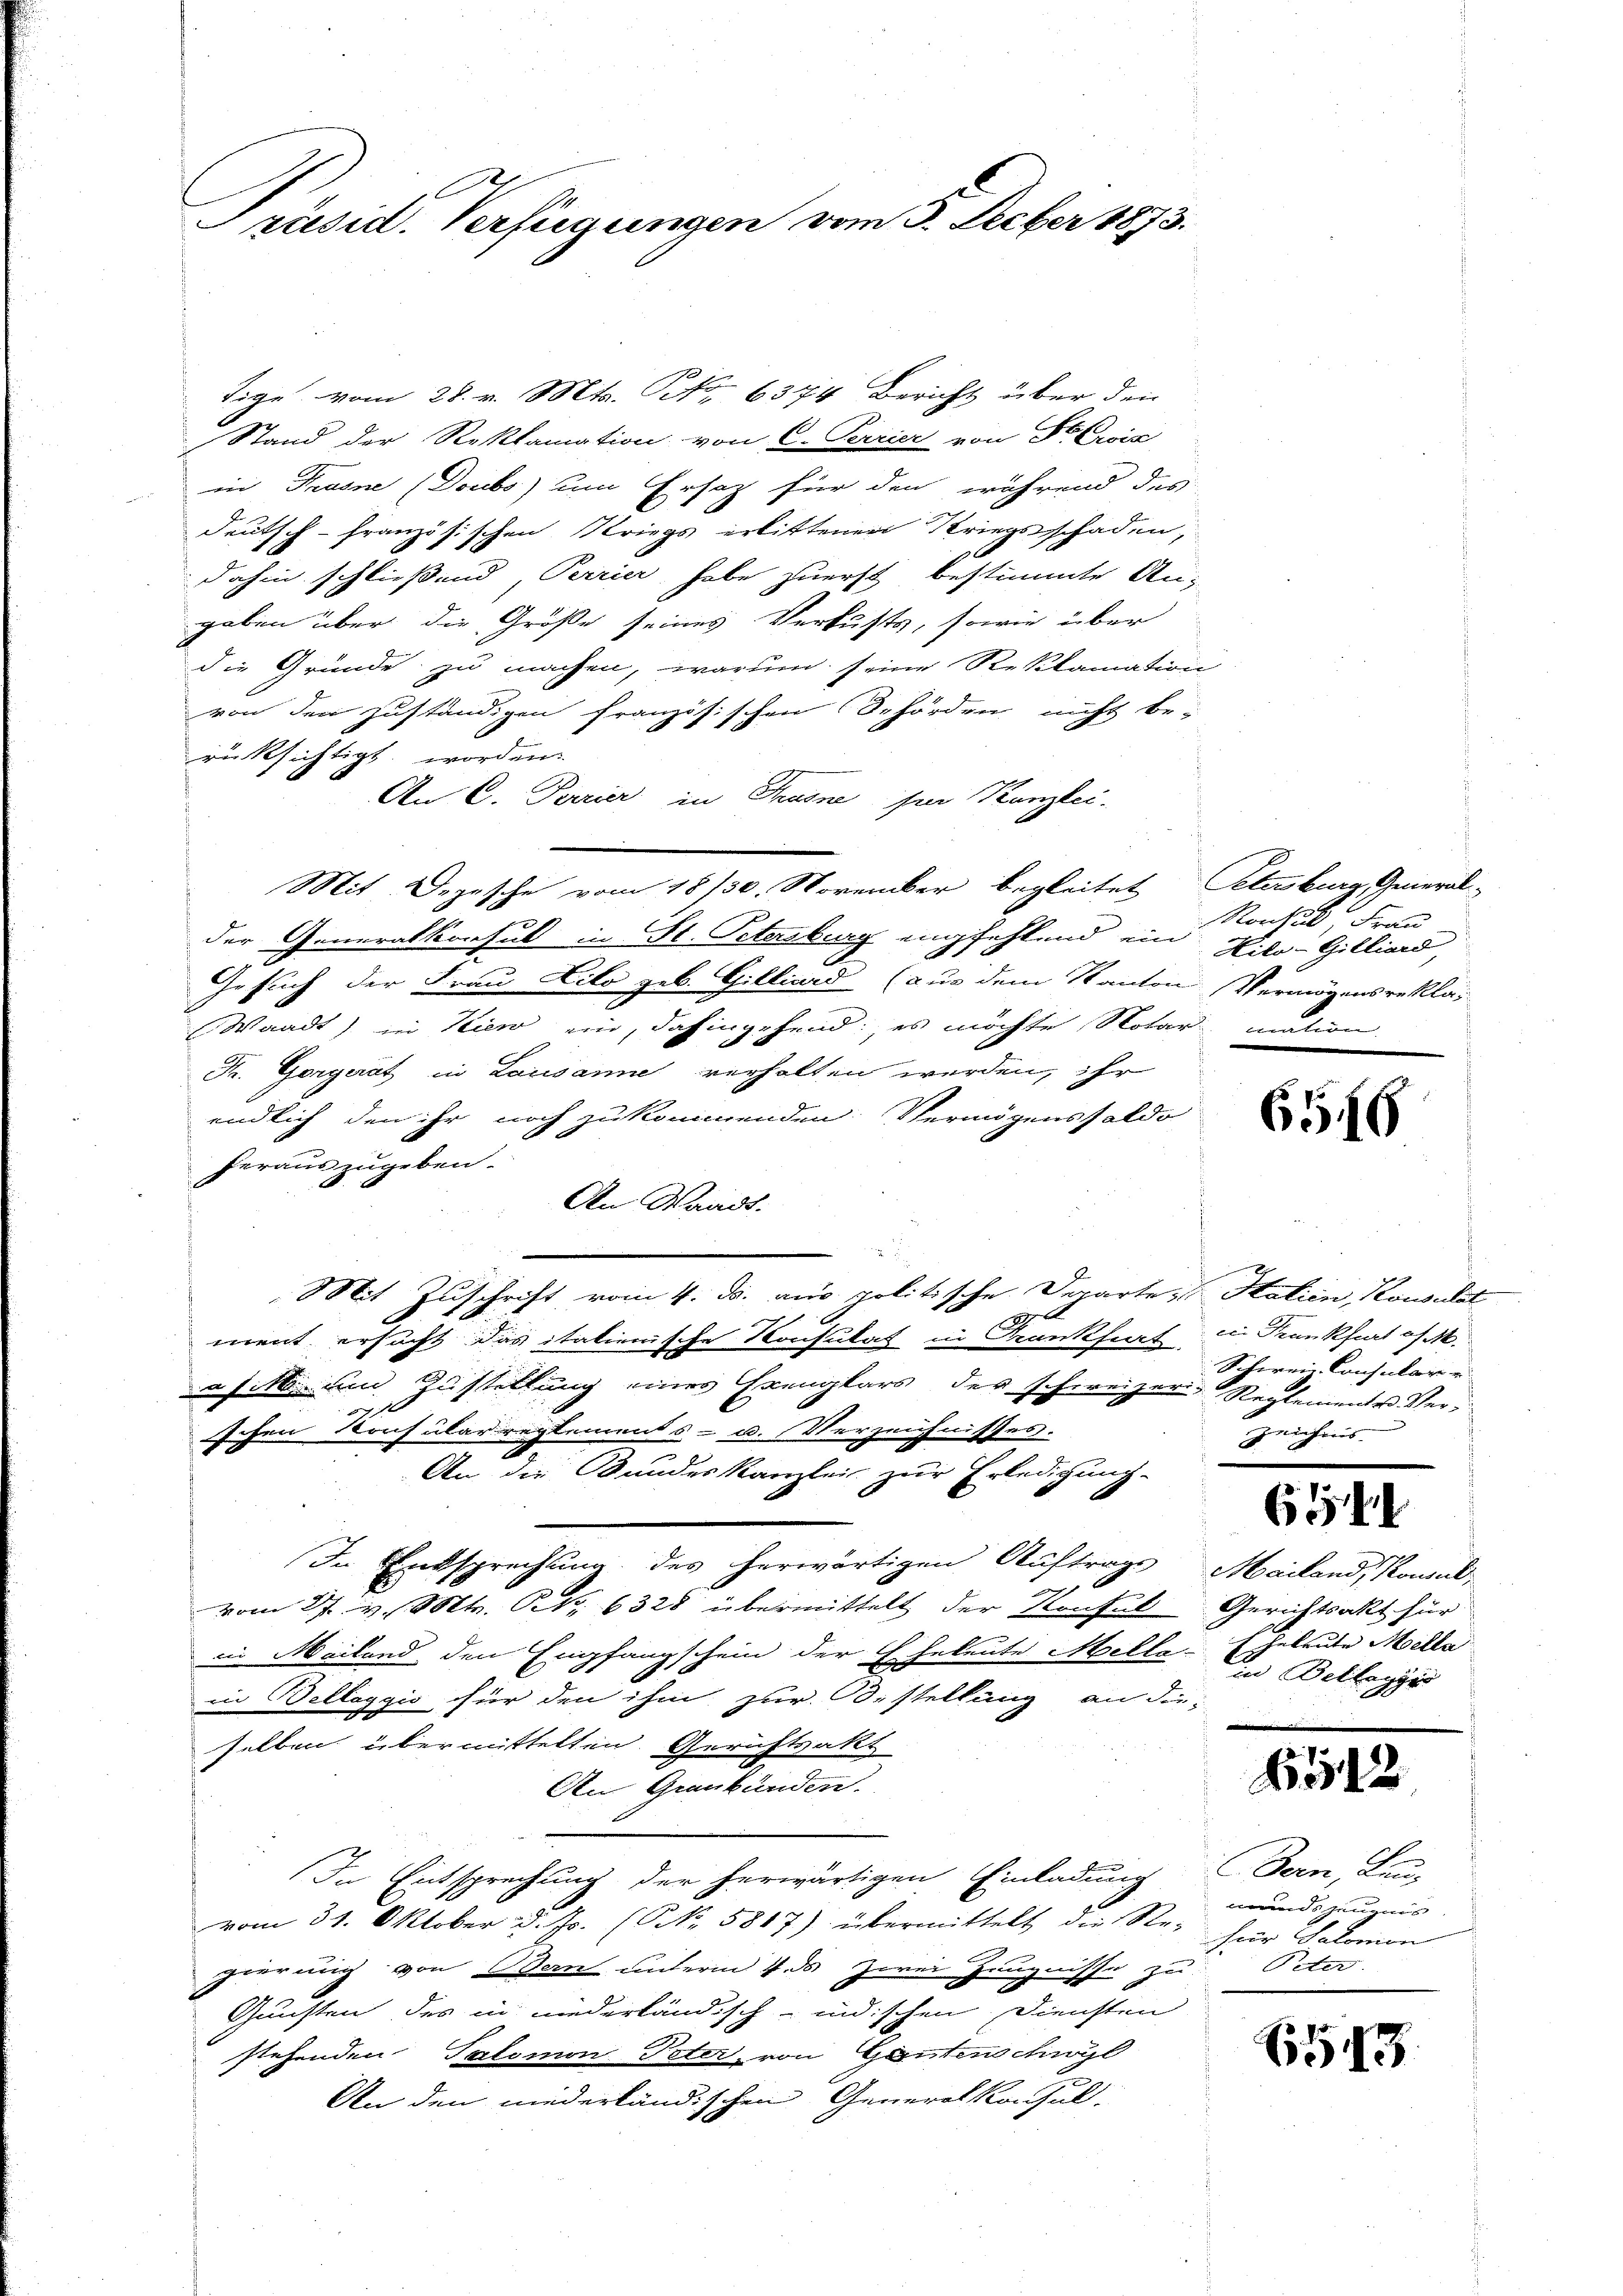
Präsid. Verfügungen vom 5. Feber 1873.

Tige vom 28. v. Mts. No 6374 Bericht über den
Stand der Reklamation von C. Perrier von Dr Ewig
in Trasne (Doubs) um Ersatz für den während des
deutsch-französischen Kriegs erlittenen Kriegsschaden,
dahin schließend, Perrier habe zuerst bestimmte An-
gaben über die Größe seines Verlusts, sowie über
die Gründe zu machen, warum seine Reklamation
von den zuständigen französischen Behörden nicht be-
rücksichtigt worden.
An C. Perrier in Trusne per Kanzlei-
der Generalkonsul in St. Petersburg empfehlend ein Kilo-Gilliard,
Gesuch der Frau Lilo geb. Gilliard (aus dem Kanton Vermögensrekla¬
Waadt) in Hier ein, dahingehend es möchte Notar mation
F. Gorgerät in Lausanne verhalten werden, ihr
endlich den ihr noch zukommenden Vermögenssaldo
heraus zugeben.
.
An Waadt.
Mit Zuschrift vom 4. ds. aus politische Departe Halien, Konsulat
190
ment ersucht das italienische Konsulat in Krankfurt in Trankfurt of M.
afitti und Zustellung eines Exemplars der schweizer Reglemente Ver¬
890
schen Konsularregtements- u. Verzeichnisses.
An die Bundeskanzlei zur Erledigung
In Entsprechung des herwärtigen Auftrage Mailand, Konsul,
vom 27. v. Mts. S. 6328 übermittelt der Konfek Gerichtsakt für
in Meilend den Empfangschein der Eheleute Melle Eheleute Mella
in Bellaggio für den ihm zur Bestellung an die-
selben übermittelten Gerichtsakt
An Graubünden.
In Entsprechung der herwärtigen Einladung Bern, Lan-
vom 31. Oktober d. Js. (N. 5817) übermittelt die Re- für Salomin
gierung von Bern unterm 4. ds zwei Zeugnisse zu Peter
Gunsten des in niederländisch-indischen Diensten
stehenden Salomon Peter, von Gantens cyl
An den niederländischen Generalkonsul-

Mit Depesche vom 18/30. November begleitet Petersburg, General-

Nonchis Frau

656

Schweiz. Consular-
zeichnis.

6

in Beilagyi

6512

ndszeugnis

51